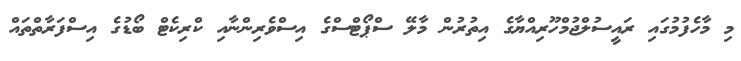
މި މާހެފުމުގައި ރައީސުލްޖުމްހޫރިއްޔާގެ އިތުރުން މާލޭ ސްޕޯޓްސްގެ އިސްވެރިންނާއި ކްރިކެޓް ބޯޑުގެ އިސްފަރާތްތައް